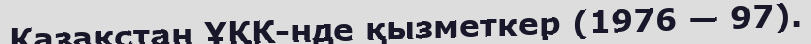
Қазақстан ҰҚК-нде қызметкер (1976 — 97).